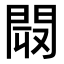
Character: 𨴉